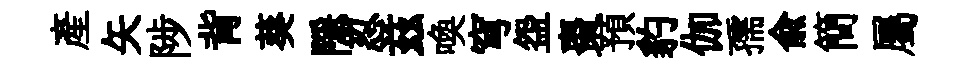
產矢陟背葵隠忍兹喚穹盌棗預豹伽孺兪簡屬